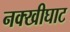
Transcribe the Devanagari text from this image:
नक्खीघाट